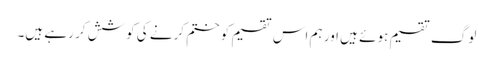
لوگ تقسیم ہوئے ہیں اور ہم اس تقسیم کو ختم کرنے کی کوشش کر رہے ہیں۔